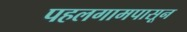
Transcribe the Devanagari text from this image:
पहलगामपासून